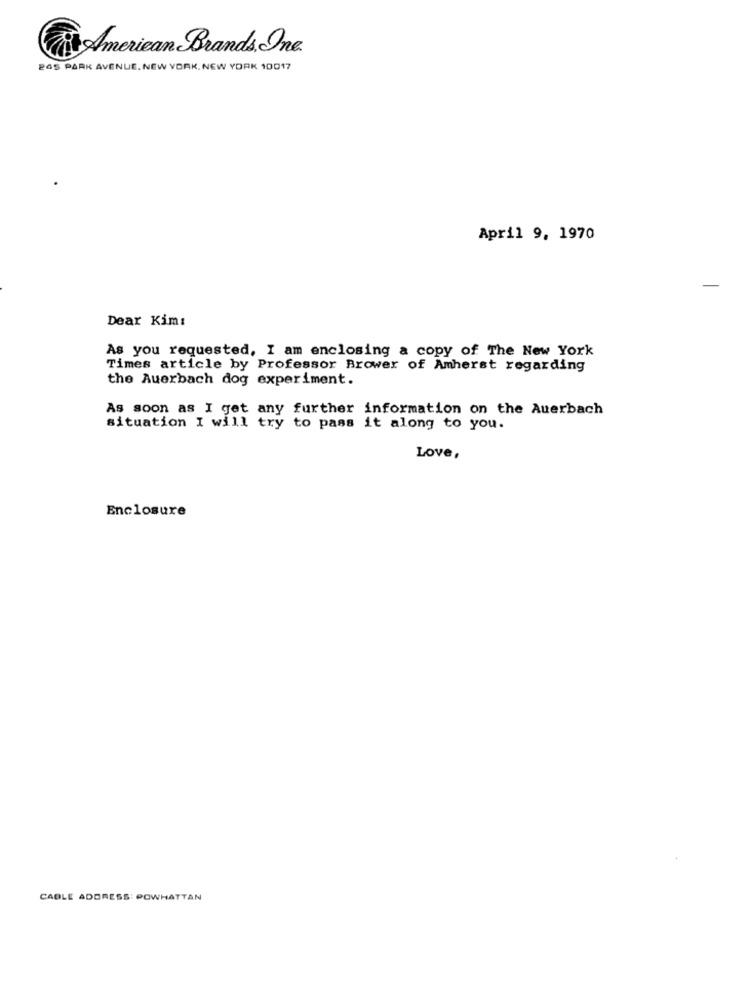
& American Brands, One
24S PARK AVENUE. NEW YORK, NEW YORK 10017
April 9, 1970
Dear Kim:
As you requested, I am enclosing a copy of The New York
Times article by Professor Brower of Amherst regarding
the Auerbach dog experiment.
As soon as I get any further information on the Auerbach
situation I will try to pass it along to you.
Love,
Enclosure
CABLE ADDRESS: POWHATTAN